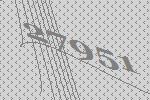
27951